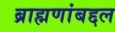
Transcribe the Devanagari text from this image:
ब्राह्मणांबद्दल